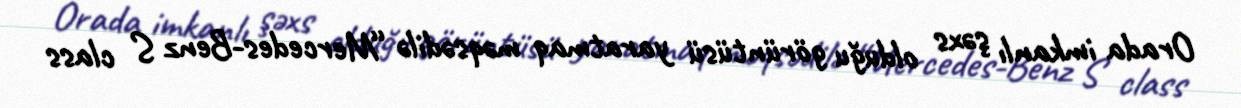
Orada imkanlı şəxs olduğu görüntüsü yaratmaq məqsədilə “Mercedes-Benz S class